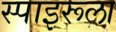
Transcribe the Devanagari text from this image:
स्पाइरूला